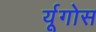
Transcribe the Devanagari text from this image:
र्यूगोस